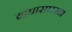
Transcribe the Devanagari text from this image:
वाघासारखा